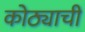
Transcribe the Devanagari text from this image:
कोठ्याची